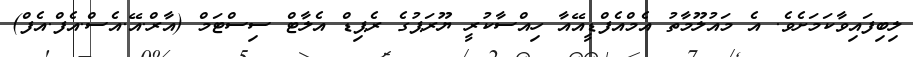
ލިބިފައިވާކަމަށެވެ. އެ މައުލޫމާތު އެމްއެފްޑީއޭއާ ހިއްސާކުރީ ޔޫރަޕުގެ ރެޕިޑް އެލާޓް ސިސްޓަމް (އާރް.އޭ.އެސް.އެފް.އެފް)